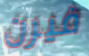
فيرن